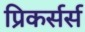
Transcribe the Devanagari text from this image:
प्रिकर्सर्स